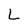
Character: L